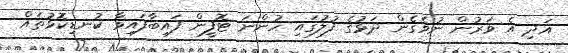
އަދި އެ ވަރުން ނުވެގެން ދަޅުގެ ފުލުގައި ހުންނަ ޓޮފީން ފައިބާފައިވާ ކުނޑިކޮޅުތައް